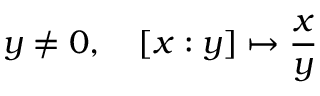
y \neq 0 , \quad [ x : y ] \mapsto { \frac { x } { y } }